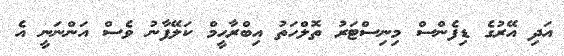
އަދި އޭރުގެ ޑިފެންސް މިނިސްޓަރު ތޮލްހަތު އިބްރާހީމް ކަލޭފާނު ވެސް އަންނަނީ އެ